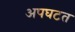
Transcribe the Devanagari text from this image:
अपघटत